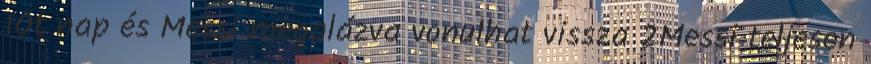
1Öt nap és Messi megalázva vonulhat vissza 2Messi teljesen